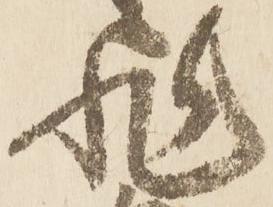
非